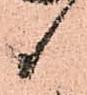
候